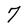
Character: 7